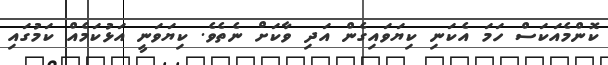
ކޮންމެއަކަސް ހަމަ އެކަނި ކިޔަވައިގެން އަދި ވާކަށް ނެތެވެ. ކިޔަވަނީ އަޅުކަމެއް ކަމުގައި